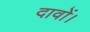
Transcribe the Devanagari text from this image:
दावों।